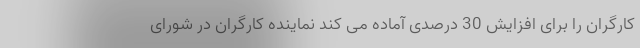
کارگران را برای افزایش 30 درصدی آماده می کند نماینده کارگران در شورای